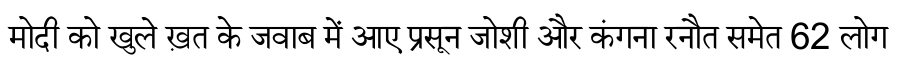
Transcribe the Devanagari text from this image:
मोदी को खुले ख़त के जवाब में आए प्रसून जोशी और कंगना रनौत समेत 62 लोग